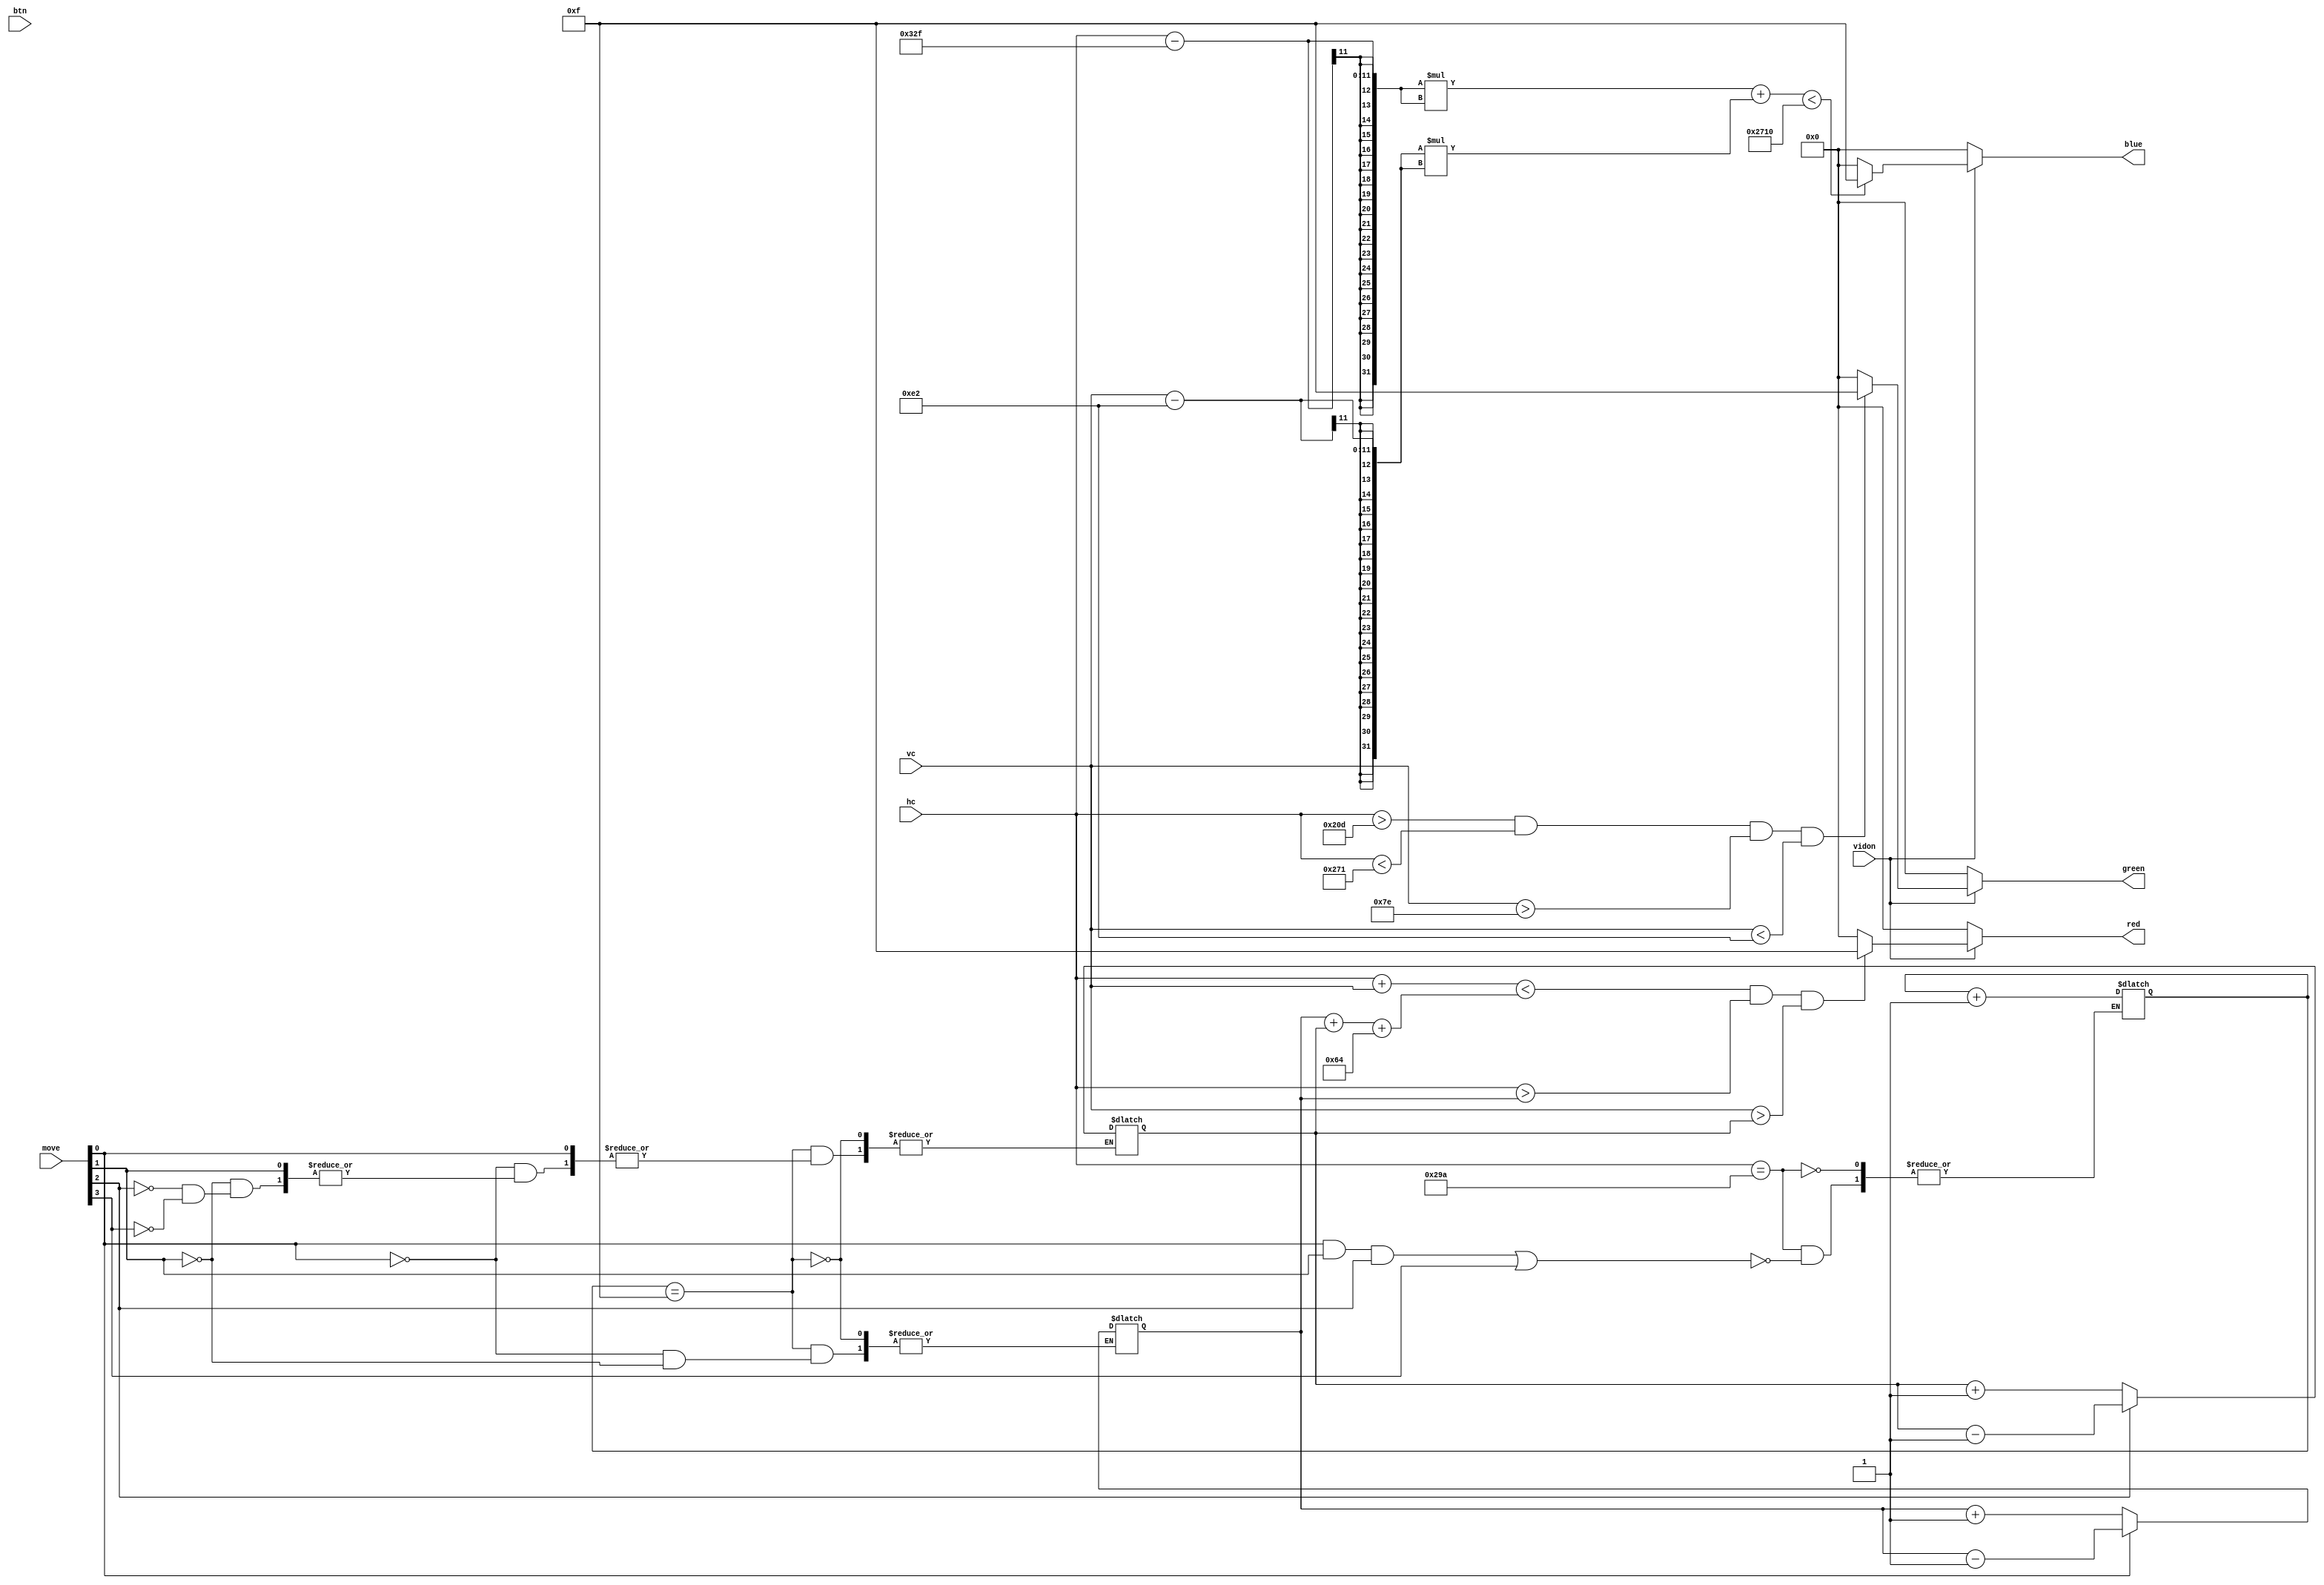
module VGA_display(input wire vidon,
                   input wire [10:0] hc,
                   vc,
                   input wire [7:0] btn,
                   input wire [3:0] move,
                   output reg [3:0] red,
                   green,
                   blue);
    
    parameter [9:0] size_1   = 100;
    parameter [9:0] size_r2  = 141;
    parameter [9:0] size_2   = 200;
    parameter [9:0] size_2r2 = 283;
    parameter [9:0] size_4   = 400;
    
    parameter [9:0] ori_pos_h = 215; // original of h
    parameter [9:0] ori_pos_v = 26;  // original of v

    reg [9:0] pos_trian_h;
    reg [9:0] pos_trian_v;
    // reg [9:0] pos_square_h;
    // reg [9:0] pos_square_v;
    // reg [9:0] pos_circle_h;
    // reg [9:0] pos_circle_v;

    reg [3:0] cnt;
    
    initial begin
        cnt = 0;
        pos_trian_h = ori_pos_h + 100;
        pos_trian_v = ori_pos_v + 100;
    end

  always @(*) begin
      if (hc == 666) begin
          if (move[0] == 1 && move[1] == 1 && move[2] == 1 || move[3] == 1) cnt <= cnt + 1;
        end
      if (cnt == 4'b1111) begin
          if (move[0] == 1) pos_trian_h <= pos_trian_h - 1;
          else if (move[1] == 1) pos_trian_h <= pos_trian_h + 1;
          else if (move[2] == 1) pos_trian_v <= pos_trian_v - 1;
          else if (move[3] == 1) pos_trian_v <= pos_trian_v + 1;
      end
  end
    
    always @(*) begin
        red   = 0;
        green = 0;
        blue  = 0;
        
        if (vidon == 1) begin
            // triangle
            if (hc + vc < (pos_trian_h + pos_trian_v + size_1)
                && hc > pos_trian_h && vc > pos_trian_v) red = 4'b1111;
            
            // square
            if (hc > 525 && hc < 625 && vc > 126 && vc < 226) green = 4'b1111;
            
            // circle
            if ((hc - 815) * (hc - 815) + (vc - 226) * (vc - 226) < size_1 * size_1) blue = 4'b1111;
                end
            
            
        end
        
        endmodule // VGA_display